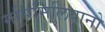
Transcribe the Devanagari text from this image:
मसिमिलियानो